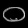
Digit: ၀